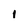
Character: I